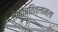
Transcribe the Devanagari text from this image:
तेनोच्तित्लानला